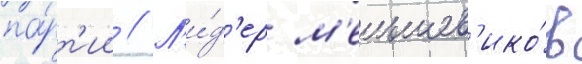
па́рт'ии // Л'и́д'ер м'еньшев'ико́в